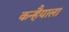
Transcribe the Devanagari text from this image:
कन्हैयाला